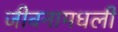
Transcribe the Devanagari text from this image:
जीवनामधली